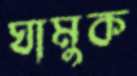
ঘামুক